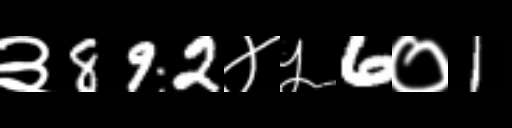
Text: ३892४५6०1